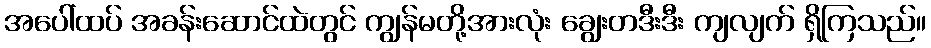
အပေါ်ထပ် အခန်းဆောင်ထဲတွင် ကျွန်မတို့အားလုံး ချွေးတဒီးဒီး ကျလျက် ရှိကြသည်။